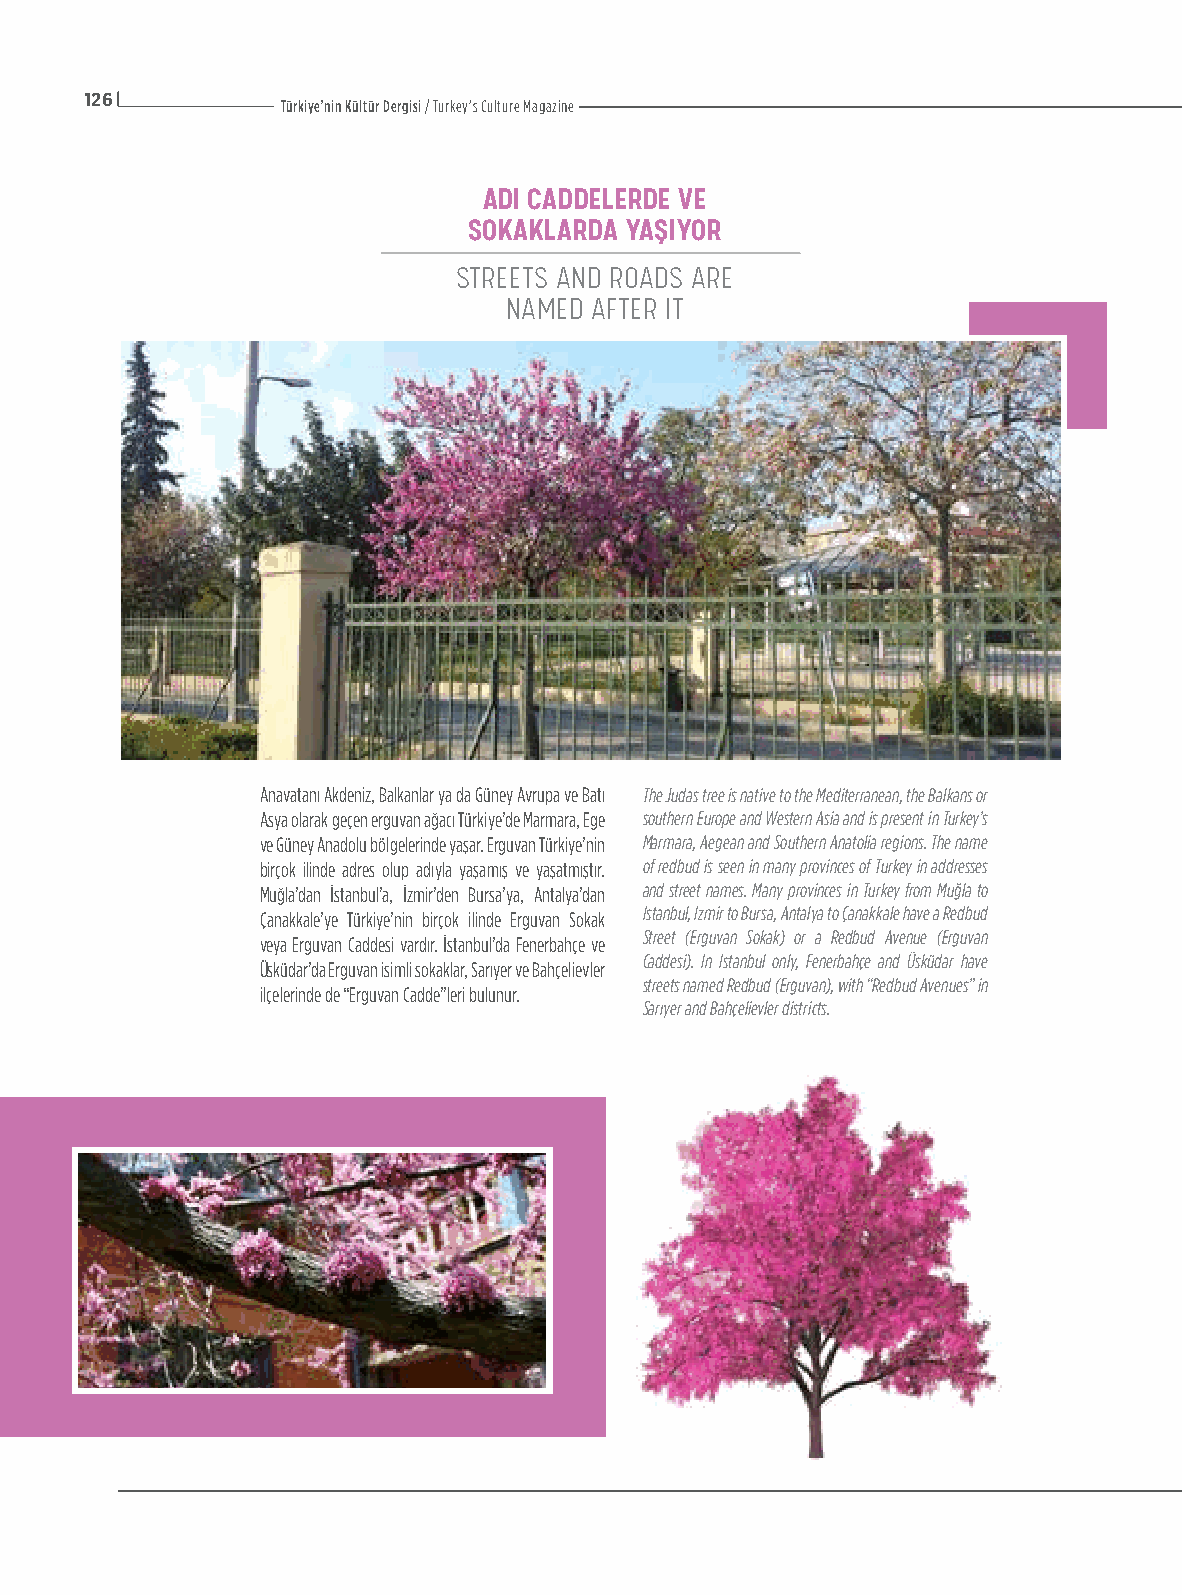
126
 Türkiye’nin Kültür Dergisi / Turkey’s Culture Magazine
 ADI CADDELERDE VE
 SOKAKLARDA YAŞIYOR
 STREETS AND ROADS ARE
 NAMED AFTER IT
 Anavatanı Akdeniz, Balkanlar ya da Güney Avrupa ve Batı The Judas tree is native to the Mediterranean, the Balkans or
 Asya olarak geçen erguvan ağacı Türkiye’de Marmara, Ege southern Europe and Western Asia and is present in Turkey’s
 ve Güney Anadolu bölgelerinde yaşar. Erguvan Türkiye’nin Marmara, Aegean and Southern Anatolia regions. The name
 birçok ilinde adres olup adıyla yaşamış ve yaşatmıştır. of redbud is seen in many provinces of Turkey in addresses
 Muğla’dan İstanbul’a, İzmir’den Bursa’ya, Antalya’dan and street names. Many provinces in Turkey from Muğla to
 Istanbul, Izmir to Bursa, Antalya to Çanakkale have a Redbud
 Çanakkale’ye Türkiye’nin birçok ilinde Erguvan Sokak
 Street (Erguvan Sokak) or a Redbud Avenue (Erguvan
 veya Erguvan Caddesi vardır. İstanbul’da Fenerbahçe ve
 Caddesi). In Istanbul only, Fenerbahçe and Üsküdar have
 Üsküdar’da Erguvan isimli sokaklar, Sarıyer ve Bahçelievler
 streets named Redbud (Erguvan), with “Redbud Avenues” in
 ilçelerinde de “Erguvan Cadde”leri bulunur.
 Sarıyer and Bahçelievler districts.